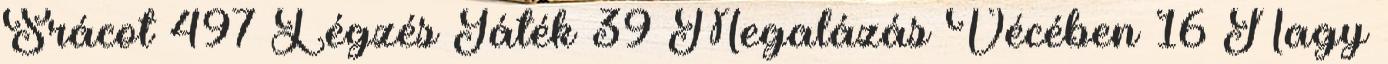
Srácot 497 Légzés Játék 39 Megalázás Vécében 16 Nagy